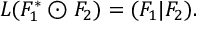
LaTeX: L ( F _ { 1 } ^ { * } \odot F _ { 2 } ) = ( F _ { 1 } | F _ { 2 } ) .